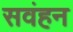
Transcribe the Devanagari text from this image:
सवंहन